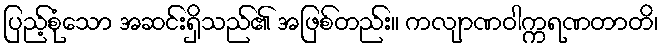
ပြည့်စုံသော အဆင်းရှိသည်၏ အဖြစ်တည်း။ ကလျာဏဝါက္ကရဏတာတိ၊